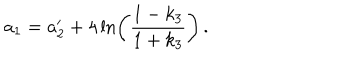
a _ { 1 } = a _ { 2 } ^ { \prime } + 4 \ln \left( \frac { 1 - k _ { 3 } } { 1 + k _ { 3 } } \right) \, .